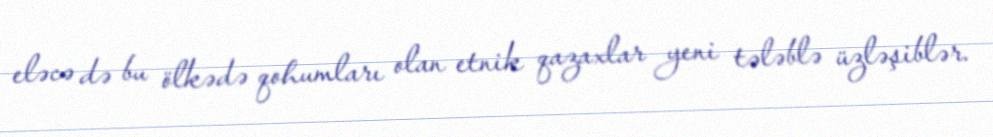
eləcə də bu ölkədə qohumları olan etnik qazaxlar yeni tələblə üzləşiblər.